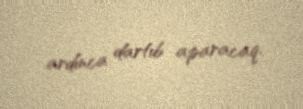
ardınca dartıb aparacaq.